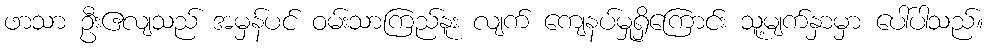
ဖာသာ ဦးဧလျသည် အမှန်ပင် ဝမ်းသာကြည်နူး လျက် ကျေနပ်မှုရှိကြောင်း သူ့မျက်နှာမှာ ပေါ်ပါသည်။